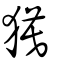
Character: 獏